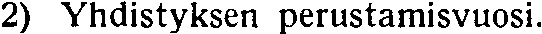
2) Yhdistyksen perustamisvuosi.